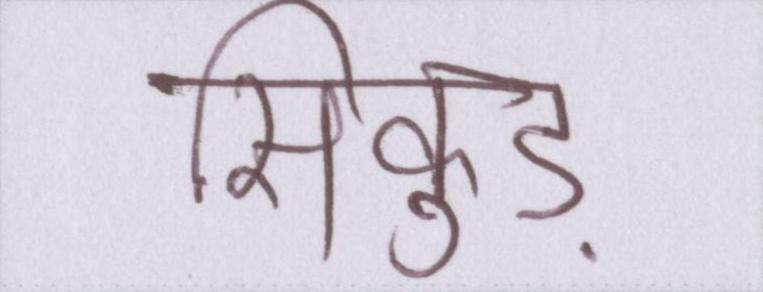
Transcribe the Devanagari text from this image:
सिकुड़